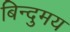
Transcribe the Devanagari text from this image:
बिन्दुमय